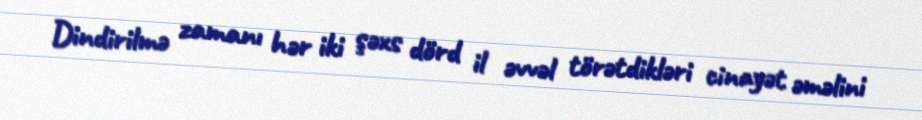
Dindirilmə zamanı hər iki şəxs dörd il əvvəl törətdikləri cinayət əməlini